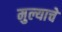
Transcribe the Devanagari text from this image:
मुल्याचे